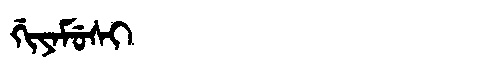
Manchu: ᡤᡳᠶᠠᠮᡠᠰᡳ
Romanization: GIYAMUSI